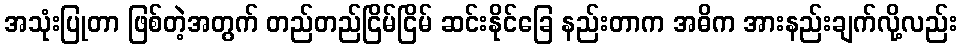
အသုံးပြုတာ ဖြစ်တဲ့အတွက် တည်တည်ငြိမ်ငြိမ် ဆင်းနိုင်ခြေ နည်းတာက အဓိက အားနည်းချက်လို့လည်း